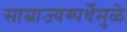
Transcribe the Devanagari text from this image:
साम्राज्यस्पर्धेमुळे